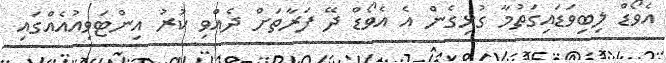
އެވޯޑް ލިބިވަޑައިގަތުމާ ގުޅިގެން އެ އެވޯޑް ދޭ ފަރާތަށް ދެއްވި ކުރު އިންޓަވިއުއެއްގައި